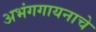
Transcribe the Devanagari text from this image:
अभंगगायनाचे